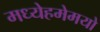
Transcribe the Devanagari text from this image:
मध्येहमेमयो